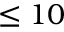
\le 1 0